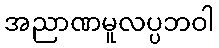
အညာဏမူလပ္ပဘဝါ